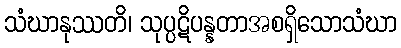
သံဃာနုဿတိ၊ သုပ္ပဋိပန္နတာအစရှိသောသံဃာ